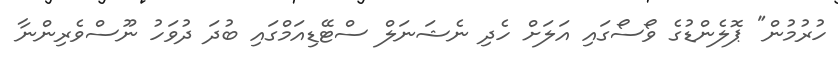
ހުރުމުން" ޕޮލެންޑުގެ ވޯސޯގައި އަލަށް ހެދި ނެޝަނަލް ސްޓޭޑިއަމްގައި ބުދަ ދުވަހު ނޫސްވެރިންނާ